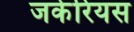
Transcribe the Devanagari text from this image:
जकेरियस